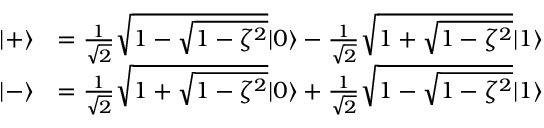
\begin{array} { r l } { | + \rangle } & { = \frac { 1 } { \sqrt { 2 } } \sqrt { 1 - \sqrt { 1 - \zeta ^ { 2 } } } | 0 \rangle - \frac { 1 } { \sqrt { 2 } } \sqrt { 1 + \sqrt { 1 - \zeta ^ { 2 } } } | 1 \rangle } \\ { | - \rangle } & { = \frac { 1 } { \sqrt { 2 } } \sqrt { 1 + \sqrt { 1 - \zeta ^ { 2 } } } | 0 \rangle + \frac { 1 } { \sqrt { 2 } } \sqrt { 1 - \sqrt { 1 - \zeta ^ { 2 } } } | 1 \rangle } \end{array}